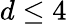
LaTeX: d\leq 4